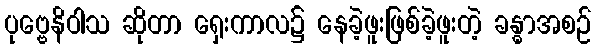
ပုဗ္ဗေနိဝါသ ဆိုတာ ရှေးကာလ၌ နေခဲ့ဖူးဖြစ်ခဲ့ဖူးတဲ့ ခန္ဓာအစဉ်